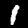
Digit: 1